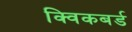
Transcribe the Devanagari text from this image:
क्विकबर्ड